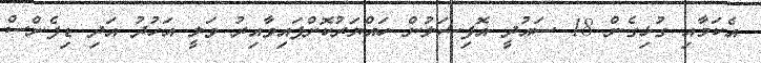
އެކަމާއި ގުޅިގެން 18 ސައުދީ އޮފިޝަލުން ހައްޔަރުކޮށްފައިވާއިރު ވަލީ އަހުދު އަދި ޑިފެންސް